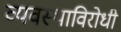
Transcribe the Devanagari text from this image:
व्यवस्थाविरोधी